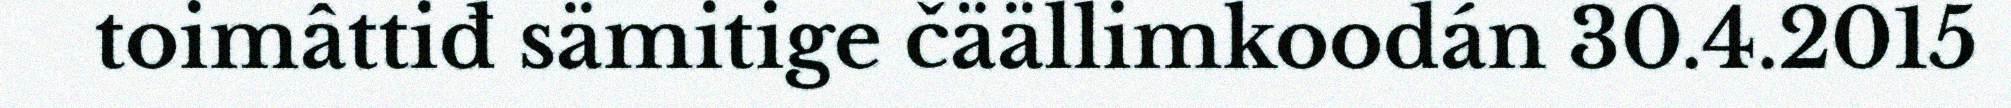
toimâttiđ sämitige čäällimkoodán 30.4.2015